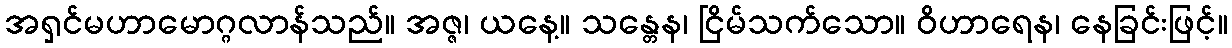
အရှင်မဟာမောဂ္ဂလာန်သည်။ အဇ္ဇ၊ ယနေ့။ သန္တေန၊ ငြိမ်သက်သော။ ဝိဟာရေန၊ နေခြင်းဖြင့်။